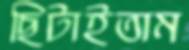
ছিটাইতাম